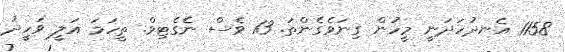
1158 އެނދުހަދަނީ މީހުން ގިނަވެގެންތަ. 13 ވެސް ނެގެޓިވް. ތީހަމަ އަލީ ވަހީދު